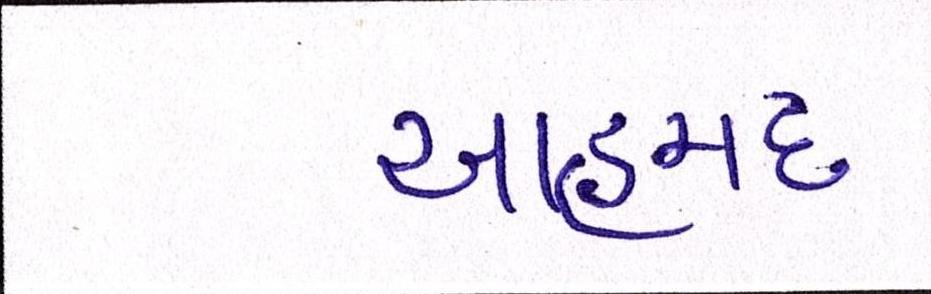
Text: આહમદ